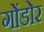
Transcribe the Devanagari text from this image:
गोंडोर